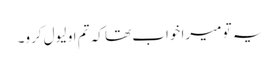
یہ تو میرا خواب تھا کہ تم او لیول کرو۔